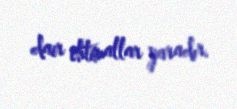
dair ehtimallar yaradır.